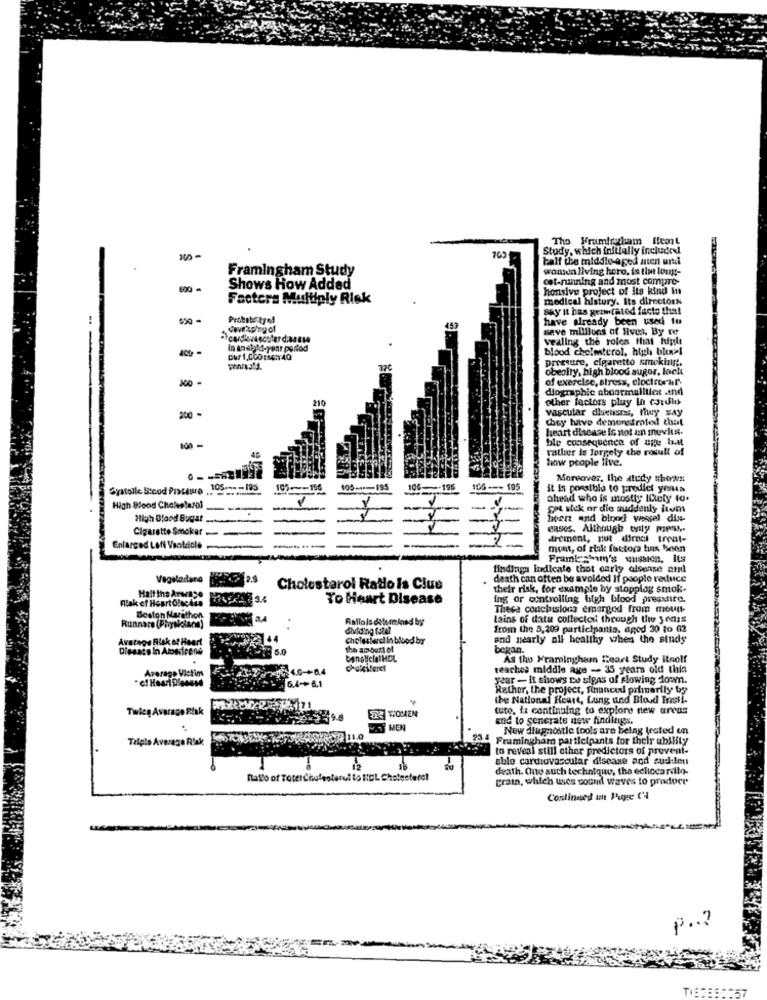
Tho Framirocham ffeat
Study, which initially included
half the middle-a ged iten until
Framingham Study
women living hero, is tim lous-
cst-running and most compre-
600
Shows How Addad
honsive project of its kind in
Factors Multiply Risk
medical history. Its directors
say It has generated facto that
Probate ty of
have already been usedi tu
save millions of lives. By te
vealing the roles that figli
In dadold-year period
blood chelmicrol, high blevel
pressure, cigaretto smokingt.
obesity, high blood sugor, lock
of exercise, stress, clocicor'sl'
diographic abnormalliles and
other factors pluy In cordio
200 -
vascular diehoras, hwy say
they have demonstrated that
heart disease Is not an inevita.
ble consequence of age bat
100 -
rather is largely the rosull of
how people live.
Moreover, the study shows
Systolle Stood Praceuro 105 ***- 195
------
105 -- 156
106-196
106 --- 195
it is possible to predict years
ahead who is mostly Ilety to.
High Blood Cholesterol
----
SM sick or die suddenly itum
High Blood Bugat
hen and blood vessel din-
--
-
eases. Although only mes.
trement, nut dirndl treat-
Enlarged Loft Vontdole
mont, of risk factors has trion
Framlesmin's mission. Its
findings indicate that carly alsoise and
Vegetariano
death can often be avoided If people reduce
Cholesterol Radio is Clue
their risk, for example by stopplag smok-
fllak et HoartolocAls
Halt the Arwage
To Heart Disease
ing or controlling high blood presstire.
Theca conclusions emarged from moun-
Boston Marathon
tains of data collector through the years
Runnare (Physiolaca)
dividing to28
from the 5,209 participants, aged 30 to 02
Average Risk of Heart
Cholesterol in blood by
and nearly all healthy when the study
Diesats In Americene
5.0
bekan.
As the Framinghamn Heart Study itsolf
Average Victims
ES4.0-+0.4
reaches middle age -- 35 years old this
year - It shows no signs of slowing down.
6.4-+6.1
Rather, the project, financed primarily by
the National Hours, Lang und Blod Iresti.
Twice Average Risk
WOMEN
tute, la continuing to explore new areas
end to generate new findings.
KEN
New diagnostic tools are Being tested en
Triple Average Rtak
Framingham participants for their ability
to reveal still other predictors of prevent-
able cardiovascular disease and sud len
death. One auch technique, the echocardio-
fallo of ToterChufestervi to REL Chatestere!
prain, which uses sound waves to produce
Conlinned in Puge C'4
p ..?
TISABE